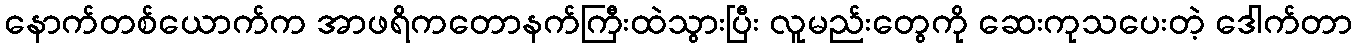
နောက်တစ်ယောက်က အာဖရိကတောနက်ကြီးထဲသွားပြီး လူမည်းတွေကို ဆေးကုသပေးတဲ့ ဒေါက်တာ